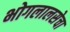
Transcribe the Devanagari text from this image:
भोगलालसेचा